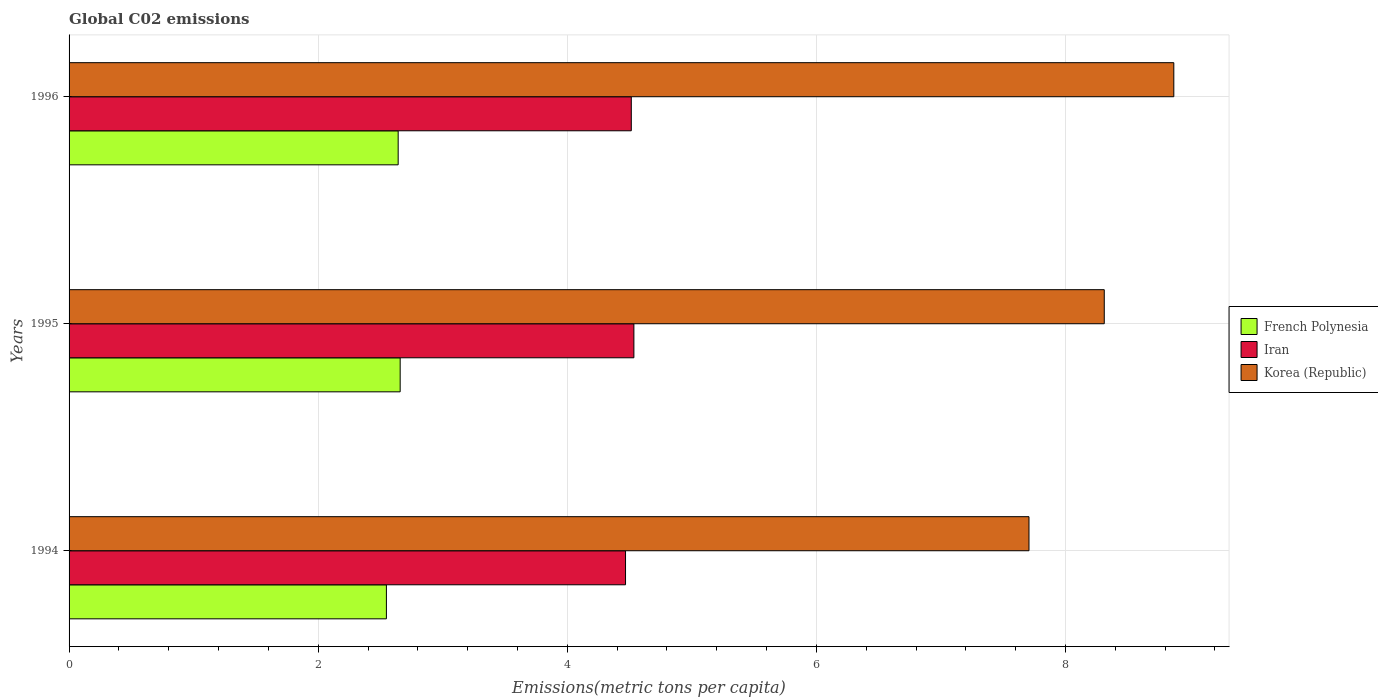
| Years | French Polynesia | Iran | Korea (Republic) |
 | --- | --- | --- | --- |
 | 1994 | 2.55 | 4.47 | 7.71 |
 | 1995 | 2.66 | 4.53 | 8.31 |
 | 1996 | 2.64 | 4.51 | 8.87 |